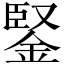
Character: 鋻